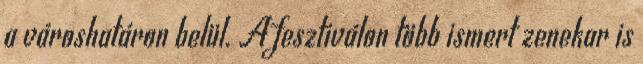
a városhatáron belül. A fesztiválon több ismert zenekar is